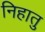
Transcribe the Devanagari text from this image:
निहातु